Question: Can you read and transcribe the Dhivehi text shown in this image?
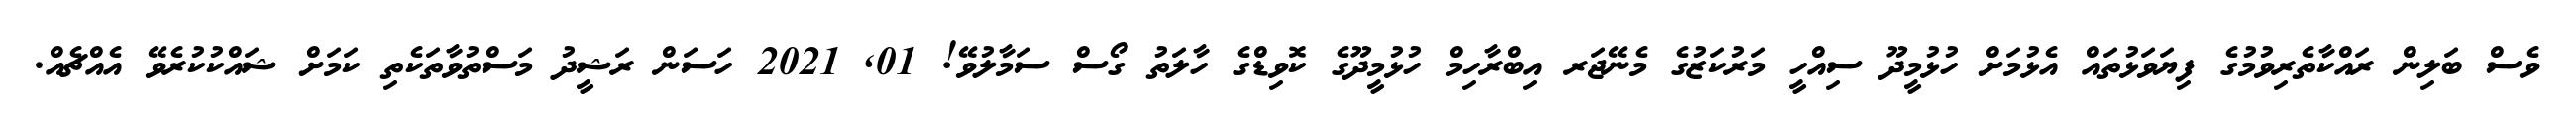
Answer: ވެސް ބަލިން ރައްކާތެރިވުމުގެ ފިޔަވަޅުތައް އެޅުމަށް ހުޅުމީދޫ ސިއްހީ މަރުކަޒުގެ މެނޭޖަރ އިބްރާހިމް ހުޅުމީދޫގެ ކޮވިޑްގެ ހާލަތު ގޯސް ސަމާލުވޭ! 01, 2021 ހަސަން ރަޝީދު މަސްތުވާތަކެތި ކަމަށް ޝައްކުކުރެވޭ އެއްޗެއް.